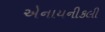
એનાયનીકલી